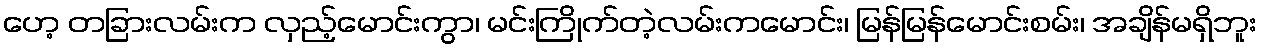
ဟေ့ တခြားလမ်းက လှည့်မောင်းကွာ၊ မင်းကြိုက်တဲ့လမ်းကမောင်း၊ မြန်မြန်မောင်းစမ်း၊ အချိန်မရှိဘူး